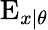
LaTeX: \operatorname{E}_{x\mid\theta}